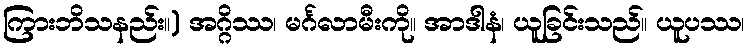
ကြားဘိသနည်း။) အဂ္ဂိဿ၊ မင်္ဂလာမီးကို။ အာဒါနံ၊ ယူခြင်းသည်။ ယူပဿ၊